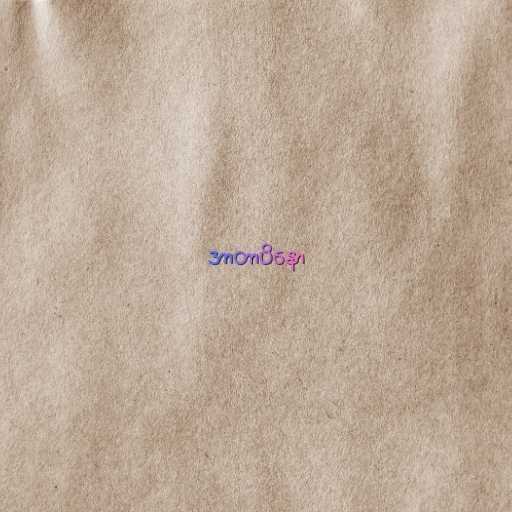
အာတာပိနော